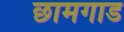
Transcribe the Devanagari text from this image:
छामगाड